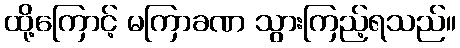
ထို့ကြောင့် မကြာခဏ သွားကြည့်ရသည်။